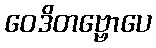
ဝေဒိတဗ္ဗောပေ